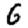
Digit: 6